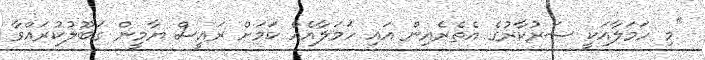
"މި ހަމަލާއަކީ ސަރުކާރުގެ އެތެރެއިން އައި ހަމަލާއެއް ކަމަށް ރައީސް ޔާމީން ގަބޫލުކުރައްވާ